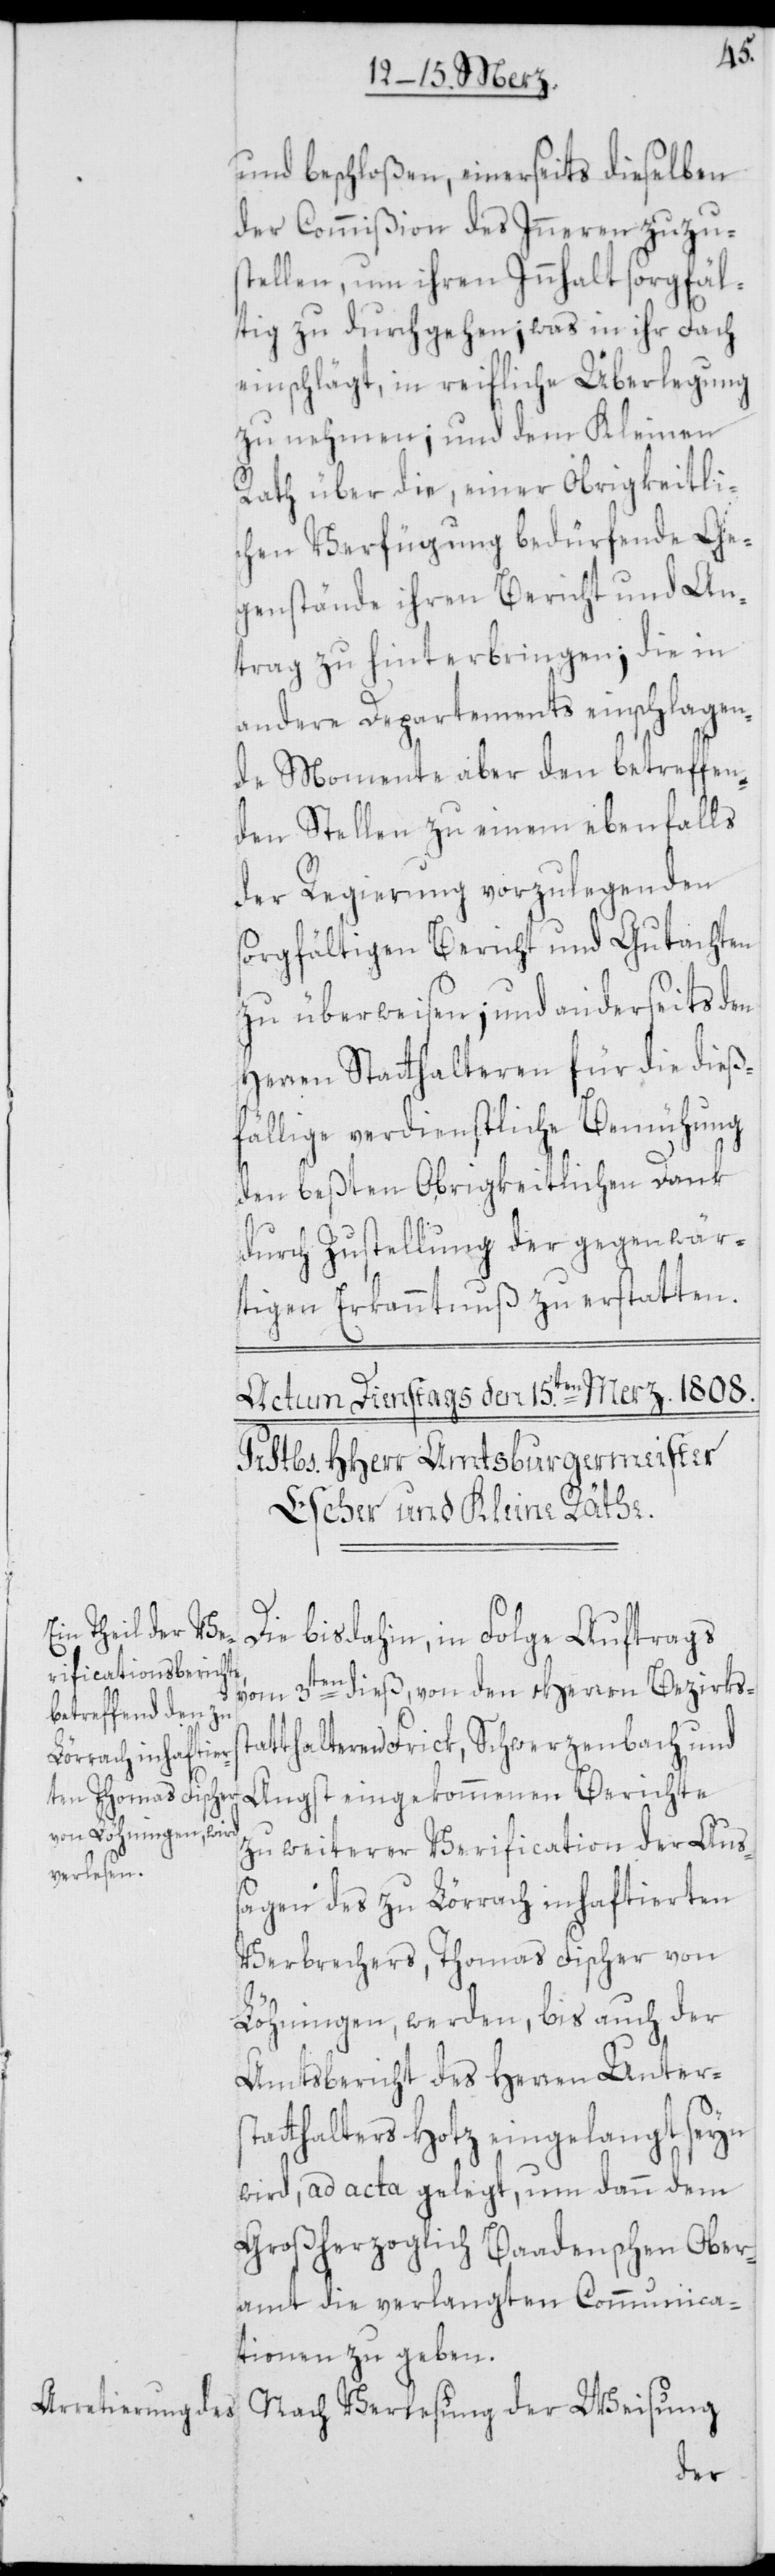
und beschloßen, einerseits dieselben
der Commißion des Inneren zuzu¬
stellen, um ihren Innhalt sorgfäl¬
tig zu durchgehen; was in ihr Fach
einschlägt, in reifliche Überlegung
zu nehmen; und dem Kleinen
Rath über die, einer Obrigkeitli¬
chen Verfügung bedürfende Ge¬
genstände ihren Bericht und An¬
trag zu hinterbringen; die in
andere Departements einschlagen¬
de Momente aber den betreffen¬
den Stellen zu einem ebenfalls
der Regierung vorzulegenden
sorgfältigen Bericht und Gutachten
zu überweisen; und anderseits den
Herren Statthalteren für die dieß¬
fällige verdienstliche Bemühung
den beßten Obrigkeitlichen Dank
durch Zustellung der gegenwär¬
tigen Erkanntnuß zu erstatten.
st¬
Die bis dahin, in Folge Auftrags
vom 3ten dieß, von den Herren Bezirks¬
atthalteren Frick, Schwerzenbach und
Angst eingekommenen Berichte
zu weiterer Verification der Aus¬
Verlesung
sagen des zu Lörrach inhaftierten
Verbrechers, Thomas Fischer von
Löhningen, werden, bis auch der
Amtsbericht des Herren Unters¬
tatthalters Hotz eingelangt seyn
wird, ad acta gelegt, um dann dem
Großherzoglich Baadenschen Ober¬
amt die verlangten Communica¬
tionen zu geben.
der